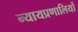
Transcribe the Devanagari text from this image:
न्यायप्रणालियों